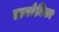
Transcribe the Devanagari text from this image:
सायरेनिका